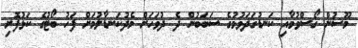
މޫސުން ގޯސްވުމާއި ކަނޑުގަދަވުމުގެ ސަބަބުން ދެ ދުވަހަށް މެދުކަނޑާލުމަށް ފަހު ބޯޓުގެ ކަޅުފޮށި